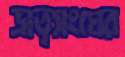
ভ্রাতৃসংঘের